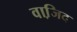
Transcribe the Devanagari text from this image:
वाजि़द